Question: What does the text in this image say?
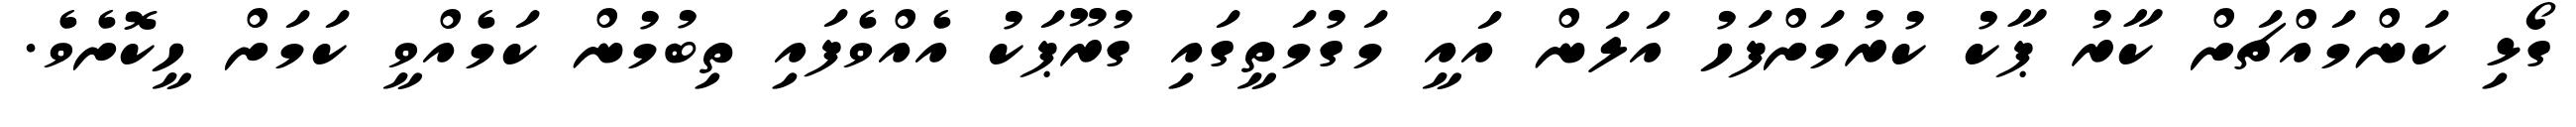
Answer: ގޯޅި ކަންމައްޗަށް ކާރު ޕާކު ކުރުމަށްފަހު އަލަން އައީ މަގުމަތީގައި ގުރޫޕަކު އެއްވެފައި ތިބުމުން ކަމެއްވީ ކަމަށް ހީކޮށެވެ.